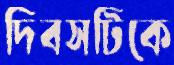
দিবসটিকে